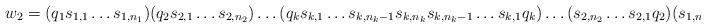
LaTeX: \begin{align*} w_2 = (q_1 s_{1, 1} \ldots s_{1, n_1})( q_2 s_{2, 1} \ldots s_{2, n_2}) \ldots (q_k s_{k, 1} \ldots s_{k, n_k-1} s_{k, n_k} s_{k, n_k-1} \ldots s_{k, 1} q_k) \ldots ( s_{2, n_2} \ldots s_{2, 1} q_2)(s_{1, n_1} \ldots s_{1, 1} q_1). \end{align*}